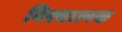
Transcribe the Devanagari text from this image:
निश्चात्मक